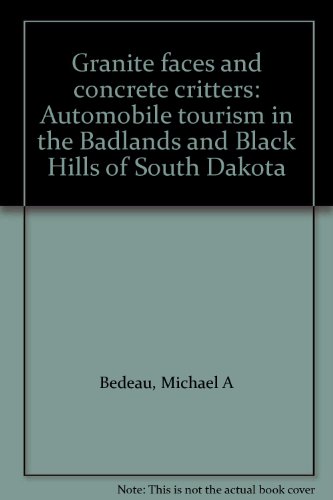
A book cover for Granite faces and concrete critters: Automobile tourism in the Badlands and Black Hills of South Dakota; Michael A Bedeau; Travel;